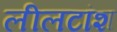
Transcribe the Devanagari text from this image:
लीलटांश